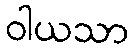
ဝါယသာ